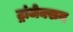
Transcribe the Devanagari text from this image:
ट्रांजेक्सन